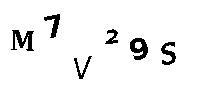
M7V29S